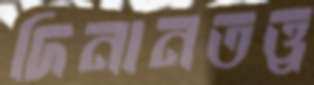
দিনানতত্ত্ব